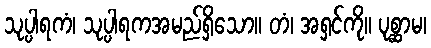
သုပ္ပါရကံ၊ သုပ္ပါရကအမည်ရှိသော။ တံ၊ အရှင်ကို။ ပုစ္ဆာမ၊